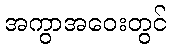
အကွာအဝေးတွင်